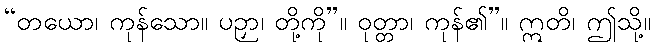
“တယော၊ ကုန်သော။ ပဉှာ၊ တို့ကို”။ ဝုတ္တာ၊ ကုန်၏”။ ဣတိ၊ ဤသို့။